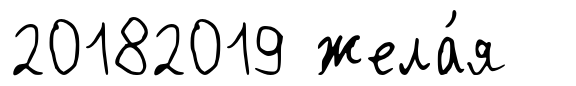
20182019 жела́я